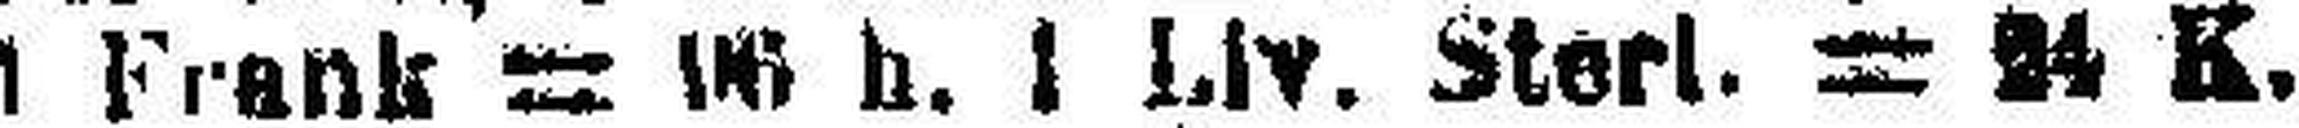
1 Frank = 06 h, 1 Liv. Sterl. = 24 K.